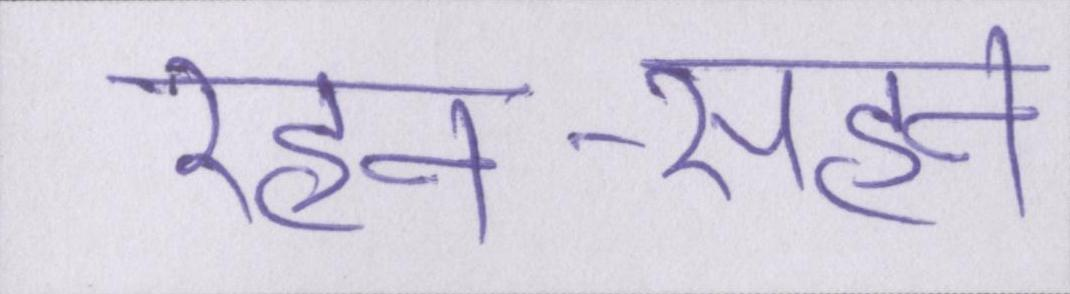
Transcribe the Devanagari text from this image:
रहन-सहन